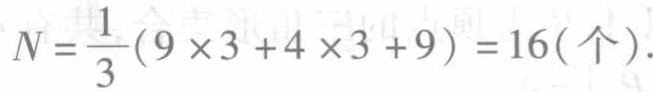
\(N=\frac{1}{3}(9\times3 + 4\times3 + 9)=16(\text{个})\)